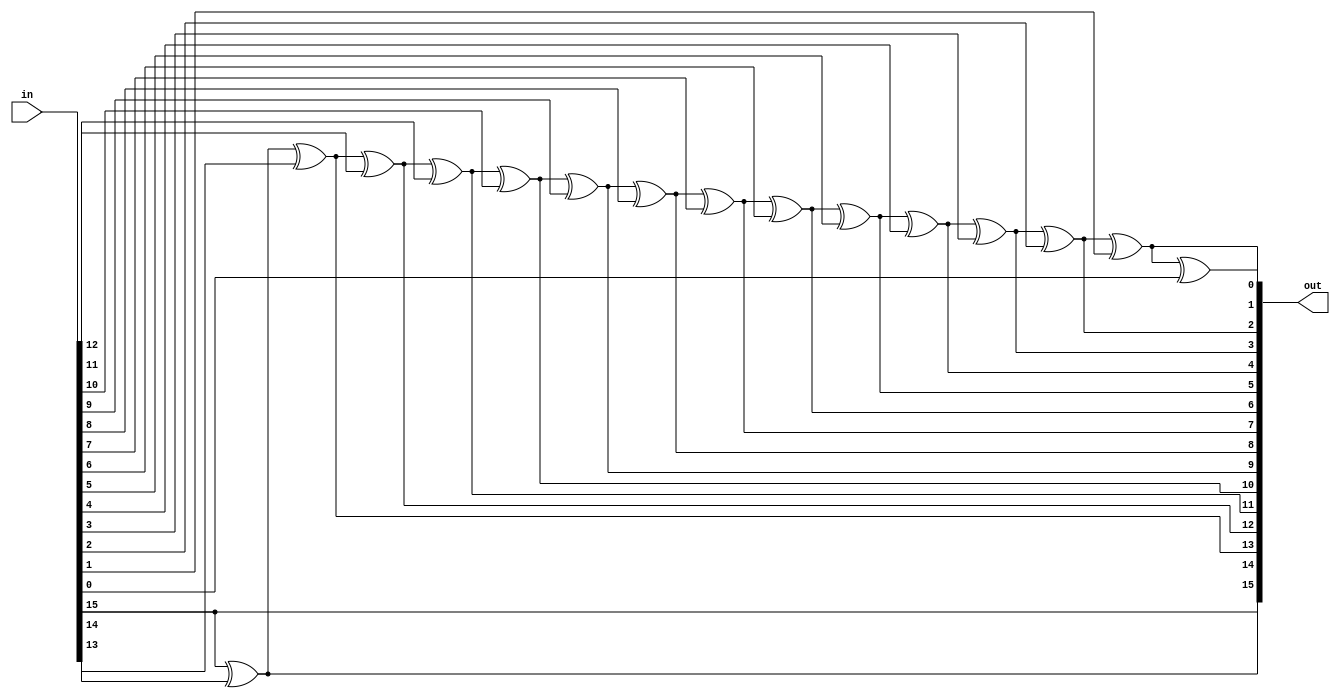
module GrayToBinary(input [15:0]in,output [15:0]out);
integer i;
assign out=convert(in);
function [15:0]convert(input [15:0]in);
begin
convert[15]=in[15];
for(i=14;i>=0;i=i-1-0)
convert[i]=convert[i+1]^in[i];
end
endfunction
endmodule